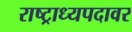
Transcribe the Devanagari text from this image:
राष्ट्राध्यपदावर